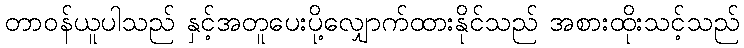
တာဝန်ယူပါသည် နှင့်အတူပေးပို့လျှောက်ထားနိုင်သည် အစားထိုးသင့်သည်